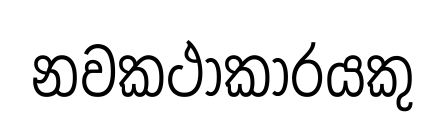
නවකථාකාරයකු